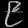
Digit: ၉